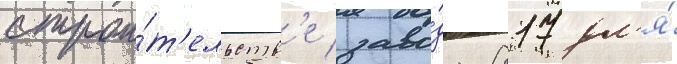
строи́т'ельств'е заво́да 817 дл'я́